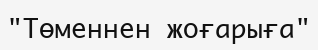
"Төменнен жоғарыға"